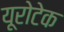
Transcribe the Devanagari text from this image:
यूरोटेक